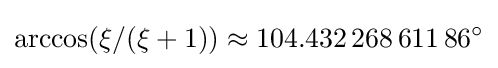
\arccos(\xi /(\xi +1))\approx 104.432\,268\,611\,86^{\circ }